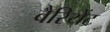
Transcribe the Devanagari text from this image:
वैरियेंट